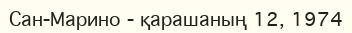
Сан-Марино - қарашаның 12, 1974